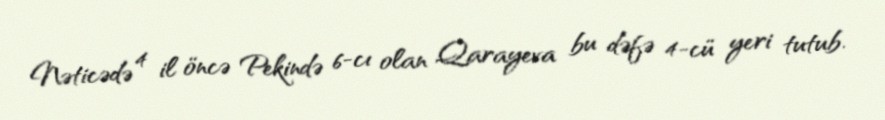
Nəticədə 4 il öncə Pekində 6-cı olan Qarayeva bu dəfə 4-cü yeri tutub.